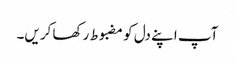
آپ اپنے دل کو مضبوط رکھا کریں۔